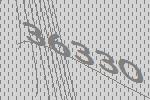
36330